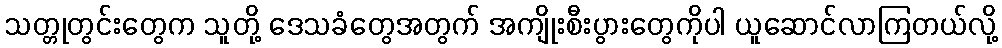
သတ္တုတွင်းတွေက သူတို့ ဒေသခံတွေအတွက် အကျိုးစီးပွားတွေကိုပါ ယူဆောင်လာကြတယ်လို့